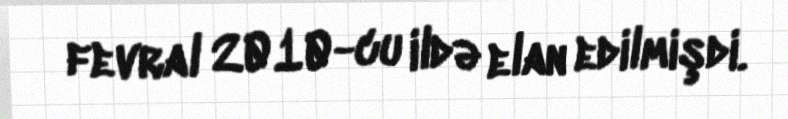
fevral 2010-cu ildə elan edilmişdi.